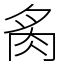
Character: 䏑